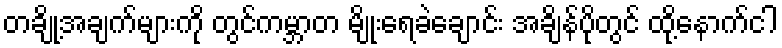
တချို့အချက်များကို တွင်ကမ္ဘာတ မျိုးရေခဲချောင်း အချိန်ပိုတွင် ထို့နောက်ငါ